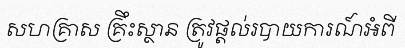
សហគ្រាស គ្រឹះស្ថាន ត្រូវផ្តល់របាយការណ៍អំពី